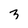
Character: 3